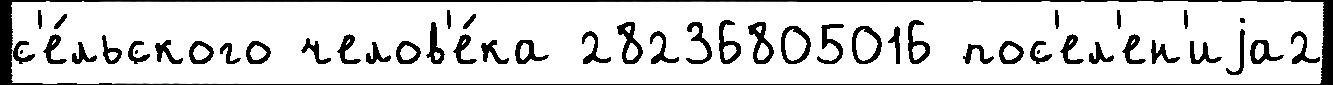
с'е́льского челов'е́ка 28236805016 пос'ел'ен'иjа2